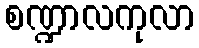
စဏ္ဍာလကုလာ